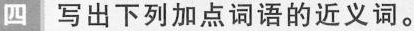
四 写出下列加点词语的近义词。